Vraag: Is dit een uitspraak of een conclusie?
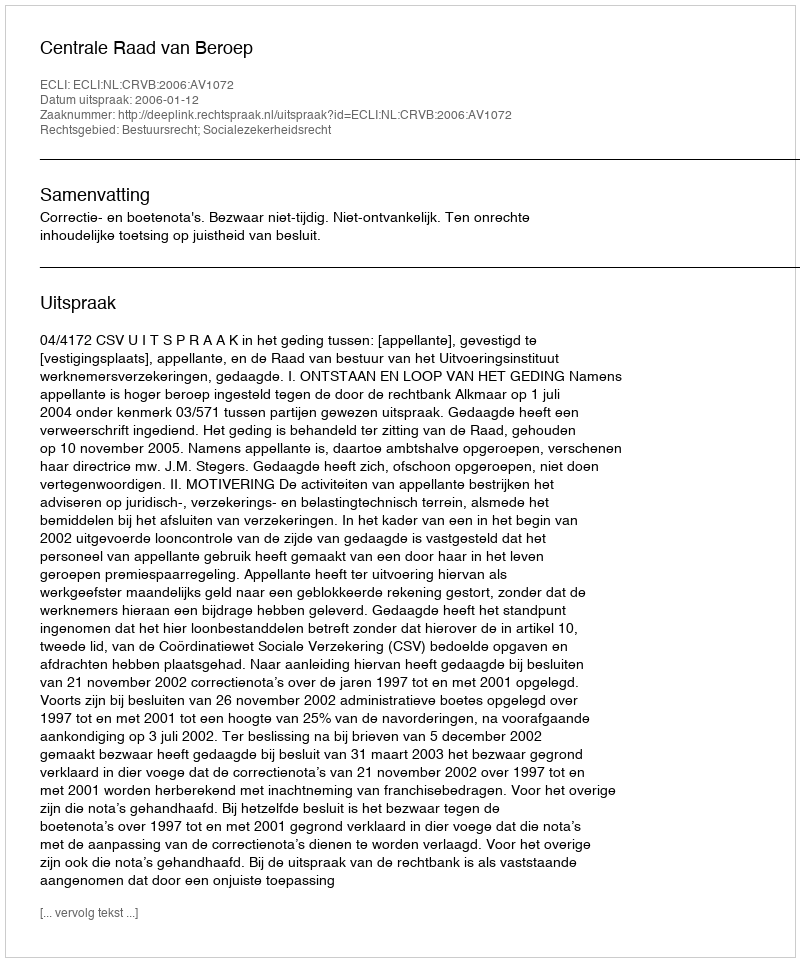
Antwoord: Uitspraak